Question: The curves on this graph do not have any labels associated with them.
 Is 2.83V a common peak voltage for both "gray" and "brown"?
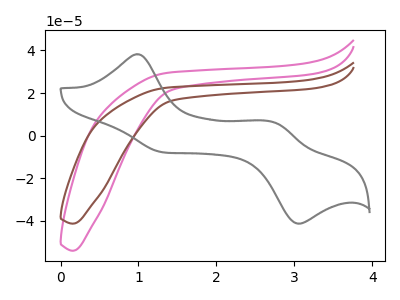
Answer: <think>The pink curve "pink" has no peaks. The brown curve "brown" has no peaks. The gray curve "gray" has anodic peaks at (0.95V, 38.20uA) (2.70V, 6.55uA) and cathodic peaks at (1.35V, -7.90uA) (3.05V, -41.25uA).</think>
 <answer>No, "gray" and "brown" dont share a peak at 2.83V.</answer>
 <eval>mismatch</eval>